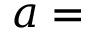
a =